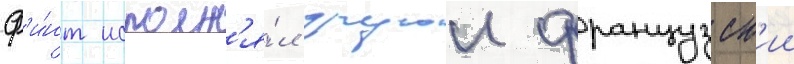
ф'и́нт исполн'я́л другои французск'ии